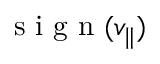
\mathrm { ~ s ~ i ~ g ~ n ~ } ( v _ { \| } )